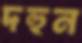
দহুন